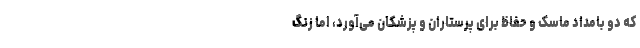
که دو بامداد ماسک و حفاظ برای پرستاران و پزشکان می‌آورد، اما زنگ